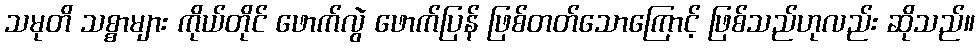
သမုတိ သစ္စာများ ကိုယ်တိုင် ဖောက်လွဲ ဖောက်ပြန် ဖြစ်တတ်သောကြောင့် ဖြစ်သည်ဟုလည်း ဆိုသည်။